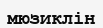
мюзиклін